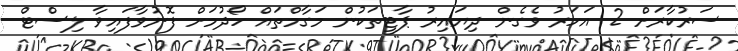
ސަރުކާރަށް 2 އަހަރު ވެގެން ދިޔައިރު ޕާޓީތަކުން މަގާމްތައް ހޯދުމަށް ފޮނުވާފައިވާ ލިސްޓް